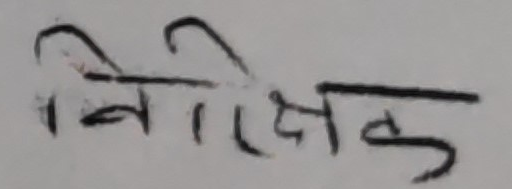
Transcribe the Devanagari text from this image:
निरीक्षक